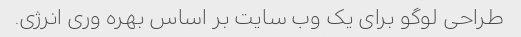
طراحی لوگو برای یک وب سایت بر اساس بهره وری انرژی.